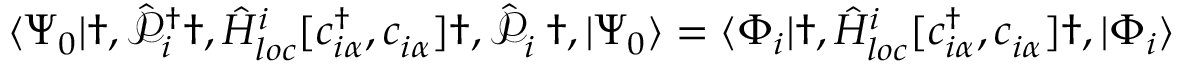
\langle \Psi _ { 0 } | \dag , \hat { \mathcal { P } } _ { i } ^ { { \dagger } } \dag , \hat { H } _ { l o c } ^ { i } [ c _ { i \alpha } ^ { \dagger } , c _ { i \alpha } ^ { \phantom { \dagger } } ] \dag , \hat { \mathcal { P } } _ { i } ^ { \phantom { \dagger } } \dag , | \Psi _ { 0 } \rangle = \langle \Phi _ { i } | \dag , \hat { H } _ { l o c } ^ { i } [ c _ { i \alpha } ^ { \dagger } , c _ { i \alpha } ^ { \phantom { \dagger } } ] \dag , | \Phi _ { i } \rangle